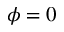
\phi = 0